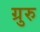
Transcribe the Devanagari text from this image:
ग्रुरु